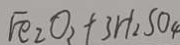
F e _ { 2 } O _ { 2 } + 3 H _ { 2 } S O _ { 4 }